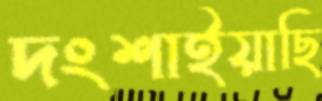
দংশাইয়াছি